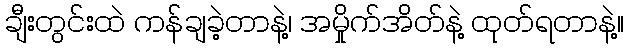
ချီးတွင်းထဲ ကန်ချခဲ့တာနဲ့၊ အမှိုက်အိတ်နဲ့ ထုတ်ရတာနဲ့။